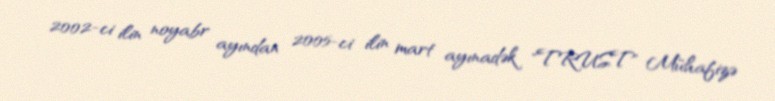
2002-ci ilin noyabr ayından 2005-ci ilin mart ayınadək "TRUST" Mühafizə